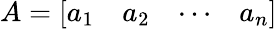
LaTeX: A={\left[\begin{array}{llll}{a_{1}}&{a_{2}}&{\cdots}&{a_{n}}\end{array}\right]}